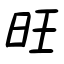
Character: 旺